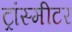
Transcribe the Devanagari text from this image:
ट्रांस्मीटर